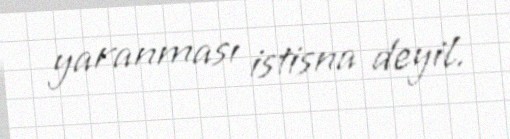
yaranması istisna deyil.